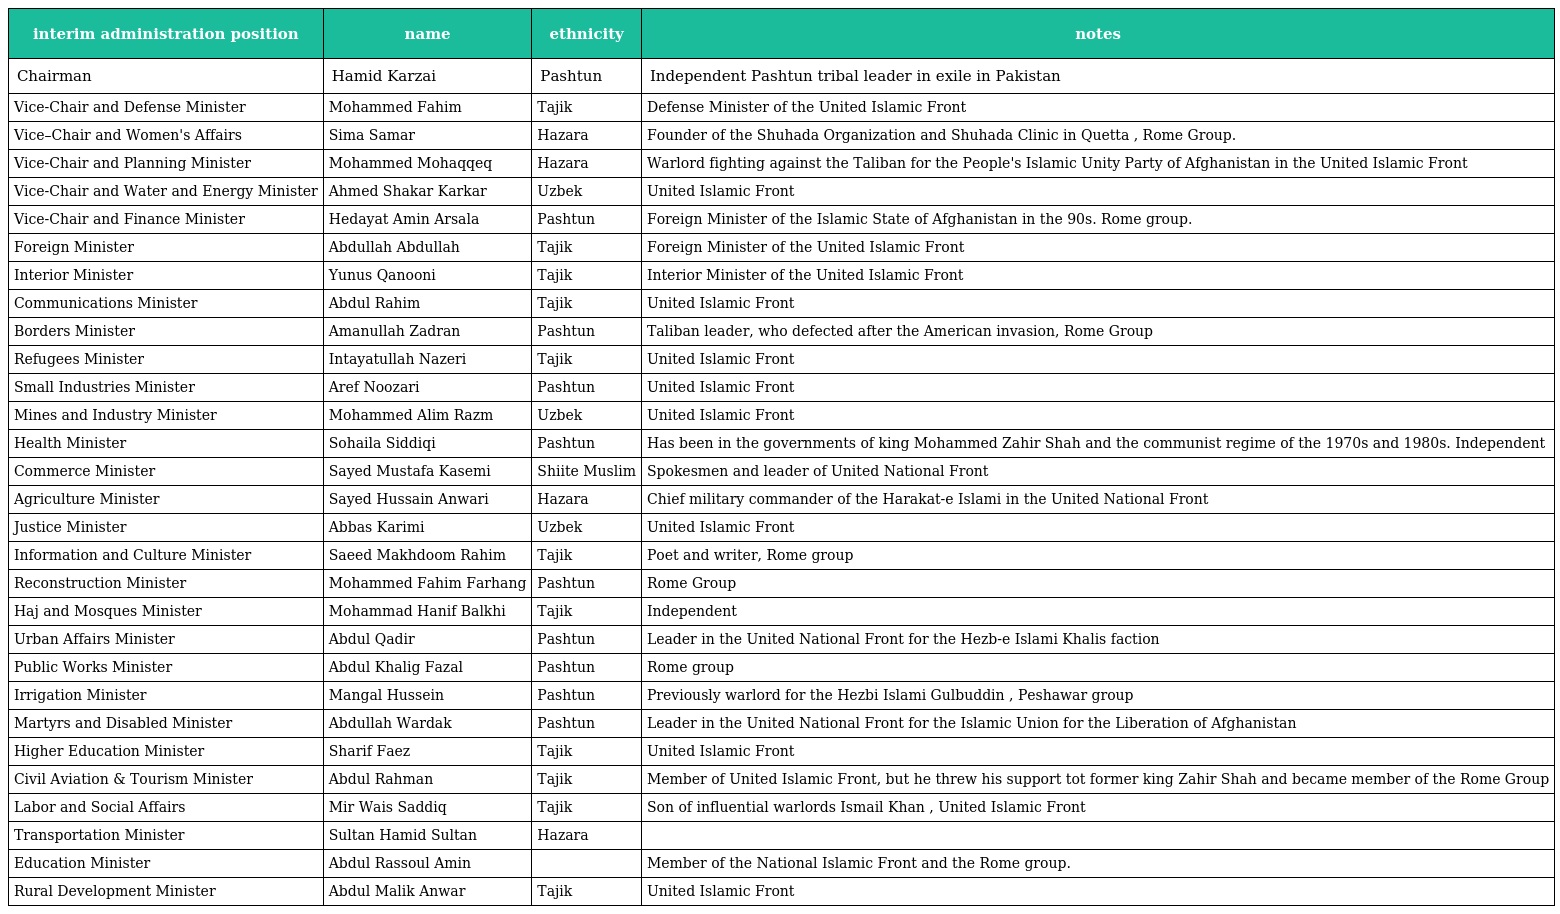
| interim administration position | name | ethnicity | notes |
 | --- | --- | --- | --- |
 | Chairman | Hamid Karzai | Pashtun | Independent Pashtun tribal leader in exile in Pakistan |
 | Vice-Chair and Defense Minister | Mohammed Fahim | Tajik | Defense Minister of the United Islamic Front |
 | Vice–Chair and Women's Affairs | Sima Samar | Hazara | Founder of the Shuhada Organization and Shuhada Clinic in Quetta , Rome Group. |
 | Vice-Chair and Planning Minister | Mohammed Mohaqqeq | Hazara | Warlord fighting against the Taliban for the People's Islamic Unity Party of Afghanistan in the United Islamic Front |
 | Vice-Chair and Water and Energy Minister | Ahmed Shakar Karkar | Uzbek | United Islamic Front |
 | Vice-Chair and Finance Minister | Hedayat Amin Arsala | Pashtun | Foreign Minister of the Islamic State of Afghanistan in the 90s. Rome group. |
 | Foreign Minister | Abdullah Abdullah | Tajik | Foreign Minister of the United Islamic Front |
 | Interior Minister | Yunus Qanooni | Tajik | Interior Minister of the United Islamic Front |
 | Communications Minister | Abdul Rahim | Tajik | United Islamic Front |
 | Borders Minister | Amanullah Zadran | Pashtun | Taliban leader, who defected after the American invasion, Rome Group |
 | Refugees Minister | Intayatullah Nazeri | Tajik | United Islamic Front |
 | Small Industries Minister | Aref Noozari | Pashtun | United Islamic Front |
 | Mines and Industry Minister | Mohammed Alim Razm | Uzbek | United Islamic Front |
 | Health Minister | Sohaila Siddiqi | Pashtun | Has been in the governments of king Mohammed Zahir Shah and the communist regime of the 1970s and 1980s. Independent |
 | Commerce Minister | Sayed Mustafa Kasemi | Shiite Muslim | Spokesmen and leader of United National Front |
 | Agriculture Minister | Sayed Hussain Anwari | Hazara | Chief military commander of the Harakat-e Islami in the United National Front |
 | Justice Minister | Abbas Karimi | Uzbek | United Islamic Front |
 | Information and Culture Minister | Saeed Makhdoom Rahim | Tajik | Poet and writer, Rome group |
 | Reconstruction Minister | Mohammed Fahim Farhang | Pashtun | Rome Group |
 | Haj and Mosques Minister | Mohammad Hanif Balkhi | Tajik | Independent |
 | Urban Affairs Minister | Abdul Qadir | Pashtun | Leader in the United National Front for the Hezb-e Islami Khalis faction |
 | Public Works Minister | Abdul Khalig Fazal | Pashtun | Rome group |
 | Irrigation Minister | Mangal Hussein | Pashtun | Previously warlord for the Hezbi Islami Gulbuddin , Peshawar group |
 | Martyrs and Disabled Minister | Abdullah Wardak | Pashtun | Leader in the United National Front for the Islamic Union for the Liberation of Afghanistan |
 | Higher Education Minister | Sharif Faez | Tajik | United Islamic Front |
 | Civil Aviation & Tourism Minister | Abdul Rahman | Tajik | Member of United Islamic Front, but he threw his support tot former king Zahir Shah and became member of the Rome Group |
 | Labor and Social Affairs | Mir Wais Saddiq | Tajik | Son of influential warlords Ismail Khan , United Islamic Front |
 | Transportation Minister | Sultan Hamid Sultan | Hazara |  |
 | Education Minister | Abdul Rassoul Amin |  | Member of the National Islamic Front and the Rome group. |
 | Rural Development Minister | Abdul Malik Anwar | Tajik | United Islamic Front |